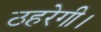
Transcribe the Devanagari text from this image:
ठहरेगी।